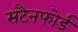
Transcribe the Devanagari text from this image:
सटैनफोर्ड